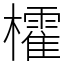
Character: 㰌